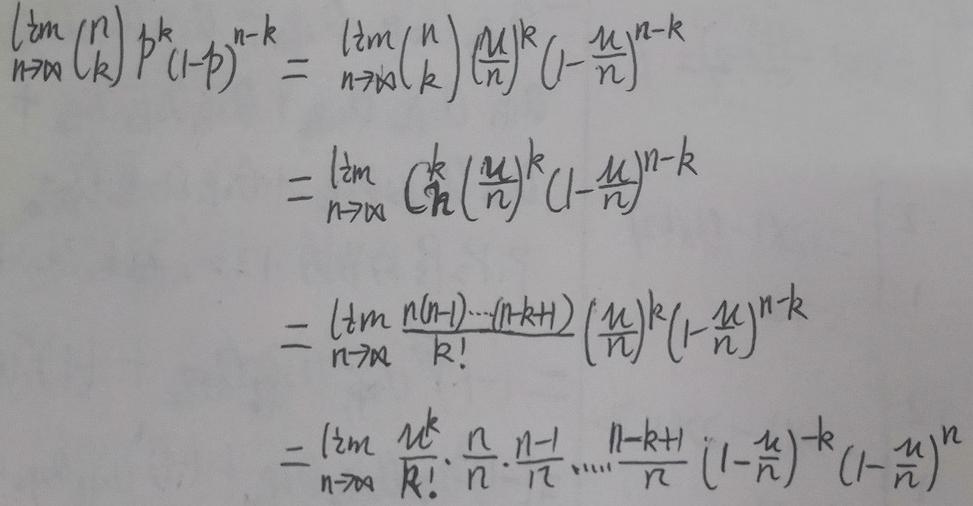
\[
\begin{align*}
\lim_{n \to \infty} \binom{n}{k} p^{k} (1 - p)^{n - k} &= \lim_{n \to \infty} \binom{n}{k} \left(\frac{\mu}{n}\right)^{k} \left(1 - \frac{\mu}{n}\right)^{n - k}\\
&= \lim_{n \to \infty} \frac{n!}{k!(n - k)!} \left(\frac{\mu}{n}\right)^{k} \left(1 - \frac{\mu}{n}\right)^{n - k}\\
&= \lim_{n \to \infty} \frac{n(n - 1)\cdots(n - k + 1)}{k!} \left(\frac{\mu}{n}\right)^{k} \left(1 - \frac{\mu}{n}\right)^{n - k}\\
&= \lim_{n \to \infty} \frac{\mu^{k}}{k!} \cdot \frac{n}{n} \cdot \frac{n - 1}{n} \cdots \frac{n - k + 1}{n} \left(1 - \frac{\mu}{n}\right)^{-k} \left(1 - \frac{\mu}{n}\right)^{n}
\end{align*}
\]